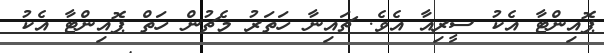
ޕޮއިންޓާ އެކު ސީރިއާ އެވެ. ޗައިނާ ހަތަރު މެޗުން ހަތް ޕޮއިންޓާ އެކު